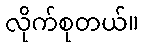
လိုက်စုတယ်။